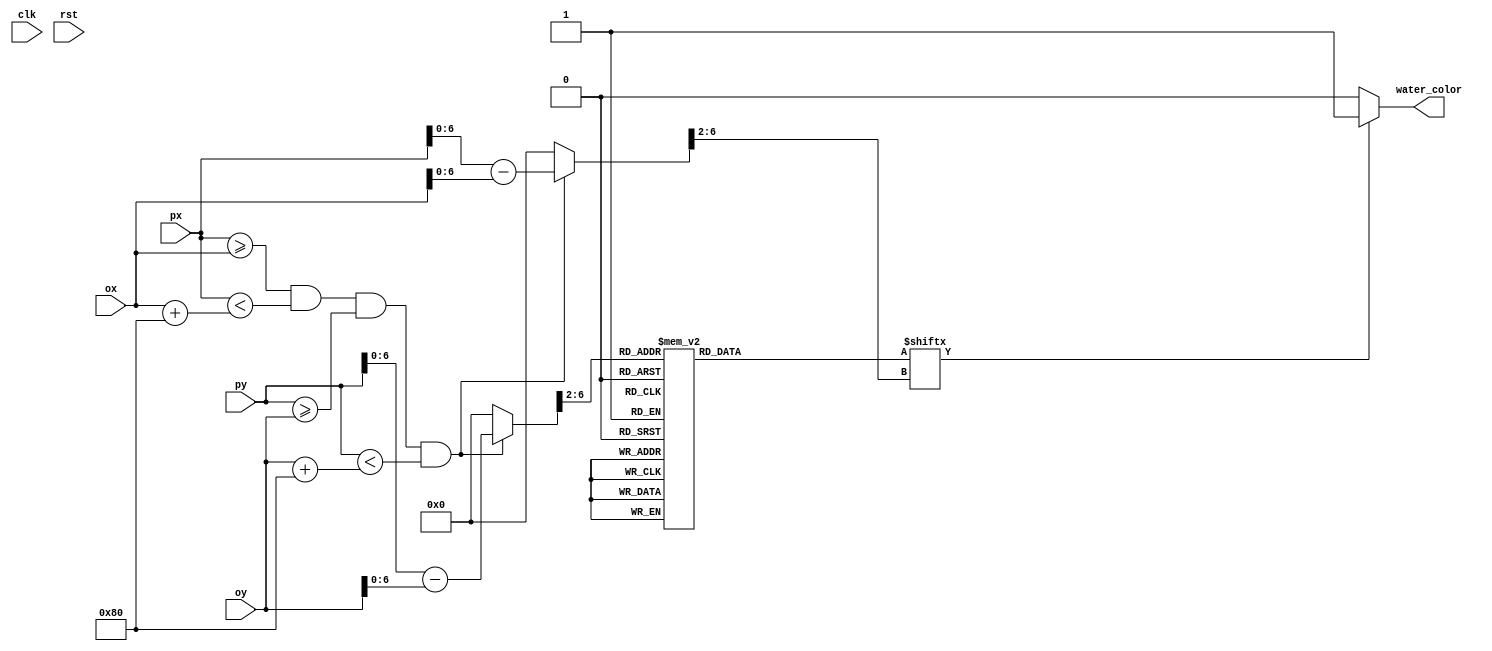
module waterpixel
    (input wire clk,
    input wire rst,
    input wire [10:0]  ox,
    input wire [10:0]  oy,
    input wire [10:0]  px,
    input wire [10:0]  py,
    output wire        water_color);

   wire 	             inobj;
   wire [6:0]  		 water_y, water_x;
	
   reg [31:0] 	       rom_data;
   wire [4:0] 	       rom_addr;
   wire               rom_bit;
	
   
   assign inobj     = (px >= ox) && (px < ox + 12'd128) && (py >=  oy) && (py < oy + 12'd128);
   
   assign water_x     = inobj ? px - ox : 0;
   assign water_y     = inobj ? py - oy : 0;
   
   assign rom_addr   = water_y[6:2];
   assign rom_bit    = rom_data[water_x[6:2]];
   
   assign water_color = (rom_bit) ? 1'b1 : 1'b0;

   always @*
     case (rom_addr)
       5'h00: rom_data = 32'b00000011000000000100000100000000; 
       5'h01: rom_data = 32'b00000100000000000100001000000011; 
       5'h02: rom_data = 32'b00001000000000001011101000011100; 
       5'h03: rom_data = 32'b00000100000000010000010001100000; 
       5'h04: rom_data = 32'b00001010000000100000010010010000; 
       5'h05: rom_data = 32'b00110010100001000000001010001110; 
       5'h06: rom_data = 32'b11000001010001000000001010000001; 
       5'h07: rom_data = 32'b00000010001010100000001001000000; 
       5'h08: rom_data = 32'b00000100000100010000110000100000; 
       5'h09: rom_data = 32'b00001000001000010001000000011000; 
       5'h0a: rom_data = 32'b11101000010000001010101010100100; 
       5'h0b: rom_data = 32'b00010100100000100100010001010011; 
       5'h0c: rom_data = 32'b00000101000001010000010001001100; 
       5'h0d: rom_data = 32'b00000011000001010000100001000001; 
       5'h0e: rom_data = 32'b00000001000001010000100010000001; 
       5'h0f: rom_data = 32'b11100000110010001001000100000010; 
       5'h10: rom_data = 32'b00011000001010001010001000000100; 
       5'h11: rom_data = 32'b00000100110001000100010111011000; 
       5'h12: rom_data = 32'b00000101000001000100010000100000; 
       5'h13: rom_data = 32'b00000010001101001100100001000000; 
       5'h14: rom_data = 32'b00000100010010010010100001000000; 
       5'h15: rom_data = 32'b00000100100010100001000001000000; 
       5'h16: rom_data = 32'b00011001000001000010000001000000; 
       5'h17: rom_data = 32'b11100010000001000100000010100000; 
       5'h18: rom_data = 32'b00010010000001010100000010001001; 
       5'h19: rom_data = 32'b00010001000010011000000100001010; 
       5'h1a: rom_data = 32'b11100000101100100100000010001010; 
       5'h1b: rom_data = 32'b00011000010000100010000100000100; 
       5'h1c: rom_data = 32'b00000101101000010001001000000100; 
       5'h1d: rom_data = 32'b00000010001000010000100100000100; 
       5'h1e: rom_data = 32'b00000001100100100000011011001000; 
       5'h1f: rom_data = 32'b00000000010101000000001000110000; 
     endcase
     
endmodule